Lunatic asylums in Bengal annual reports 1912-1924 - 1912-1924
Year: 1912
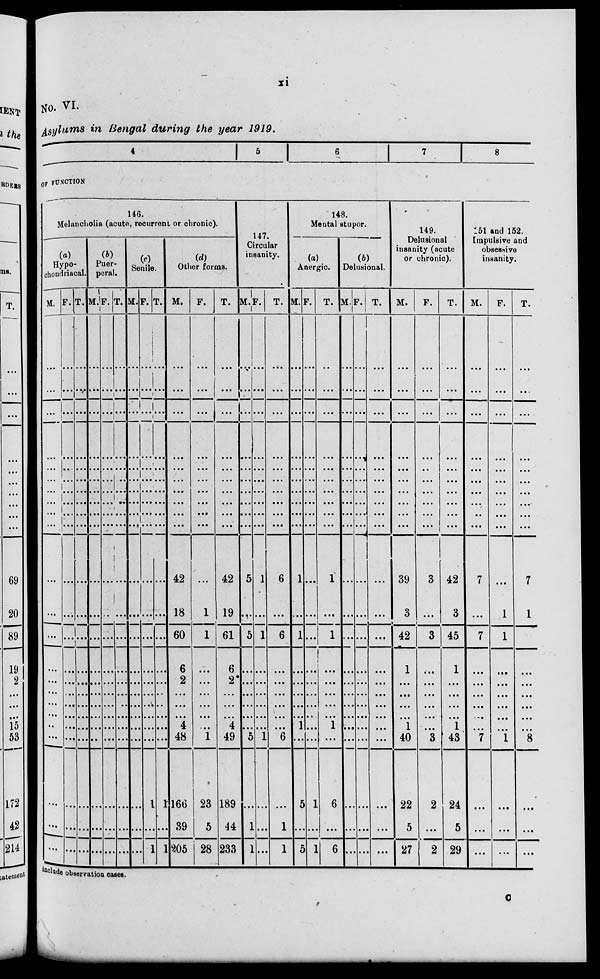
xi
No. VI.
Asylums in Bengal during the year 1919.
4
5
6
7
8
OF FUNCTION
146.
Melancholia (acute, recurrent or chronic).
(a)
Hypo-
chondriacal.
M.
...
...
...
...
...
...
...
...
...
...
...
...
...
...
...
...
...
...
...
...
...
...
...
F.
...
...
...
...
...
...
...
...
...
...
...
...
...
...
...
...
...
...
...
...
...
...
...
T.
...
...
...
...
...
...
...
...
...
...
...
...
...
...
...
...
...
...
...
...
...
...
...
(b)
Puer-
peral.
M.
...
...
...
...
...
...
...
...
...
...
...
...
...
...
...
...
...
...
...
...
...
...
...
F.
...
...
...
...
...
...
...
...
...
...
...
...
...
...
...
...
...
...
...
...
...
...
...
T.
...
...
...
...
...
...
...
...
...
...
...
...
...
...
...
...
...
...
...
...
...
...
...
(c)
Senile.
M.
...
...
...
...
...
...
...
...
...
...
...
...
...
...
...
...
...
...
...
...
...
...
...
F.
...
...
...
...
...
...
...
...
...
...
...
...
...
...
...
...
...
...
...
...
1
...
1
T.
...
...
...
...
...
...
...
...
...
...
...
...
...
...
...
...
...
...
...
...
1
...
1
(d)
Other forms.
M.
...
...
...
...
...
...
...
...
...
...
42
18
60
6
2
...
...
...
4
48
166
39
205
F.
...
...
...
...
...
...
...
...
...
...
...
1
1
...
...
...
...
...
...
1
23
5
28
T.
...
...
...
...
...
...
...
...
...
...
42
19
61
6
2
...
...
...
4
49
189
44
233
147.
Circular
insanity.
M.
...
...
...
...
...
...
...
...
...
...
5
...
5
...
...
...
...
...
...
5
...
1
1
F.
...
...
...
...
...
...
...
...
...
...
1
...
1
...
...
...
...
...
...
1
...
...
...
T.
...
...
...
...
...
...
...
...
...
...
6
...
6
...
...
...
...
...
...
6
...
1
1
148.
Mental stupor.
(a)
Anergic.
M.
...
...
...
...
...
...
...
...
...
...
1
...
1
...
...
...
...
...
1
...
5
...
5
F.
...
...
...
...
...
...
...
...
...
...
...
...
...
...
...
...
...
...
...
...
1
...
1
T.
...
...
...
...
...
...
...
...
...
...
1
...
1
...
...
...
...
...
1
...
6
...
6
(b)
Delusional.
M.
...
...
...
...
...
...
...
...
...
...
...
...
...
...
...
...
...
...
...
...
...
...
...
F.
...
...
...
...
...
...
...
...
...
...
...
...
...
...
...
...
...
...
...
...
...
...
...
T.
...
...
...
...
...
...
...
...
...
...
...
...
...
...
...
...
...
...
...
...
...
...
...
149.
Delusional
insanity (acute
or chronic).
M.
...
...
...
...
...
...
...
...
...
...
39
3
42
1
...
...
...
...
1
40
22
5
27
F.
...
...
...
...
...
...
...
...
...
...
3
...
3
...
...
...
...
...
...
3
2
...
2
T.
...
...
...
...
...
...
...
...
...
...
42
3
45
1
...
...
...
...
1
43
24
5
29
151 and 152.
Impulsive and
obsessive
insanity.
M.
...
...
...
...
...
...
...
...
...
...
7
...
7
...
...
...
...
...
...
7
...
...
...
F.
...
...
...
...
...
...
...
...
...
...
...
1
1
...
...
...
...
...
...
1
...
...
...
T.
...
...
...
...
...
...
...
...
...
...
7
1
8
...
...
...
...
...
...
8
...
...
...
include observation cases.
C